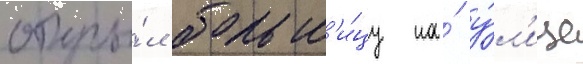
откры́л больн'и́цу на́ у́л'ице